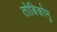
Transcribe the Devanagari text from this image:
तोबिकोमु